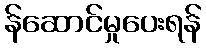
န်ဆောင်မှုပေးရန်